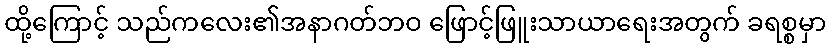
ထို့ကြောင့် သည်ကလေး၏အနာဂတ်ဘဝ ဖြောင့်ဖြူးသာယာရေးအတွက် ခရစ္စမှာ